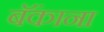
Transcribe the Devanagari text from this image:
बॅंकाना